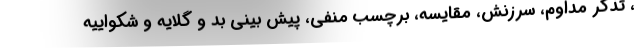
، تذکر مداوم، سرزنش، مقایسه، برچسب منفی، پیش بینی بد و گلایه و شکواییه